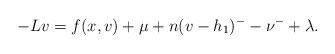
\begin{align*}-Lv=f(x,v)+\mu+ n(v-h_{1})^{-}-\nu^{-}+\lambda.\end{align*}